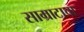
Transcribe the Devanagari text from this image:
साम्राटाचा